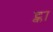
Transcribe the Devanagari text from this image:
ट्का